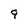
Character: 9